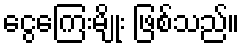
ငွေကြေးမျိုး ဖြစ်သည်။